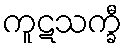
ကူဋသက္ခီ